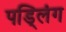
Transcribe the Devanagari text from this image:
पड्लिंग